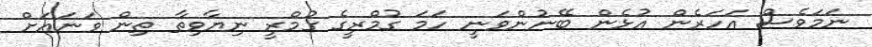
ނަމަވެސް އަހަރެން އުޅެން ބޭނުންވަނީ ހަމަ ގުމްރީގެ ގުމްރީ ނިޔާވިތާ ތިން ވަނައަށް